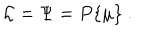
{ \cal L } = \Psi = P \{ \mu \} \ .